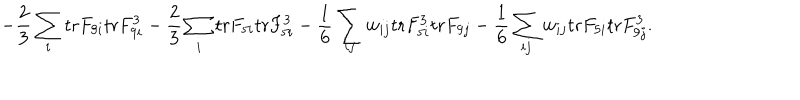
- { \frac { 2 } { 3 } } \sum _ { i } \mathrm { t r } F _ { 9 i } \mathrm { t r } F _ { 9 i } ^ { 3 } - { \frac { 2 } { 3 } } \sum _ { i } \mathrm { t r } F _ { 5 i } \mathrm { t r } F _ { 5 i } ^ { 3 } - { \frac { 1 } { 6 } } \sum _ { i j } w _ { i j } \mathrm { t r } F _ { 5 i } ^ { 3 } \mathrm { t r } F _ { 9 j } - { \frac { 1 } { 6 } } \sum _ { i j } w _ { i j } \mathrm { t r } F _ { 5 i } \mathrm { t r } F _ { 9 j } ^ { 3 } .